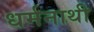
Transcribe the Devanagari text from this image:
धर्मनाथी